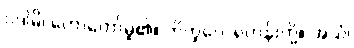
ဝဒါမိ၊ ဟောတော်မူ၏။ ဘိက္ခဝေ၊ ရဟန်းတို့။ အယံ၊